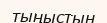
тыңыстың